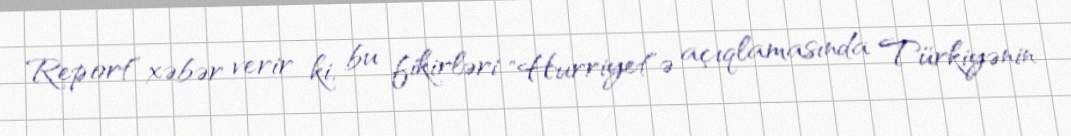
Report" xəbər verir ki, bu fikirləri "Hurriyet"ə açıqlamasında Türkiyənin